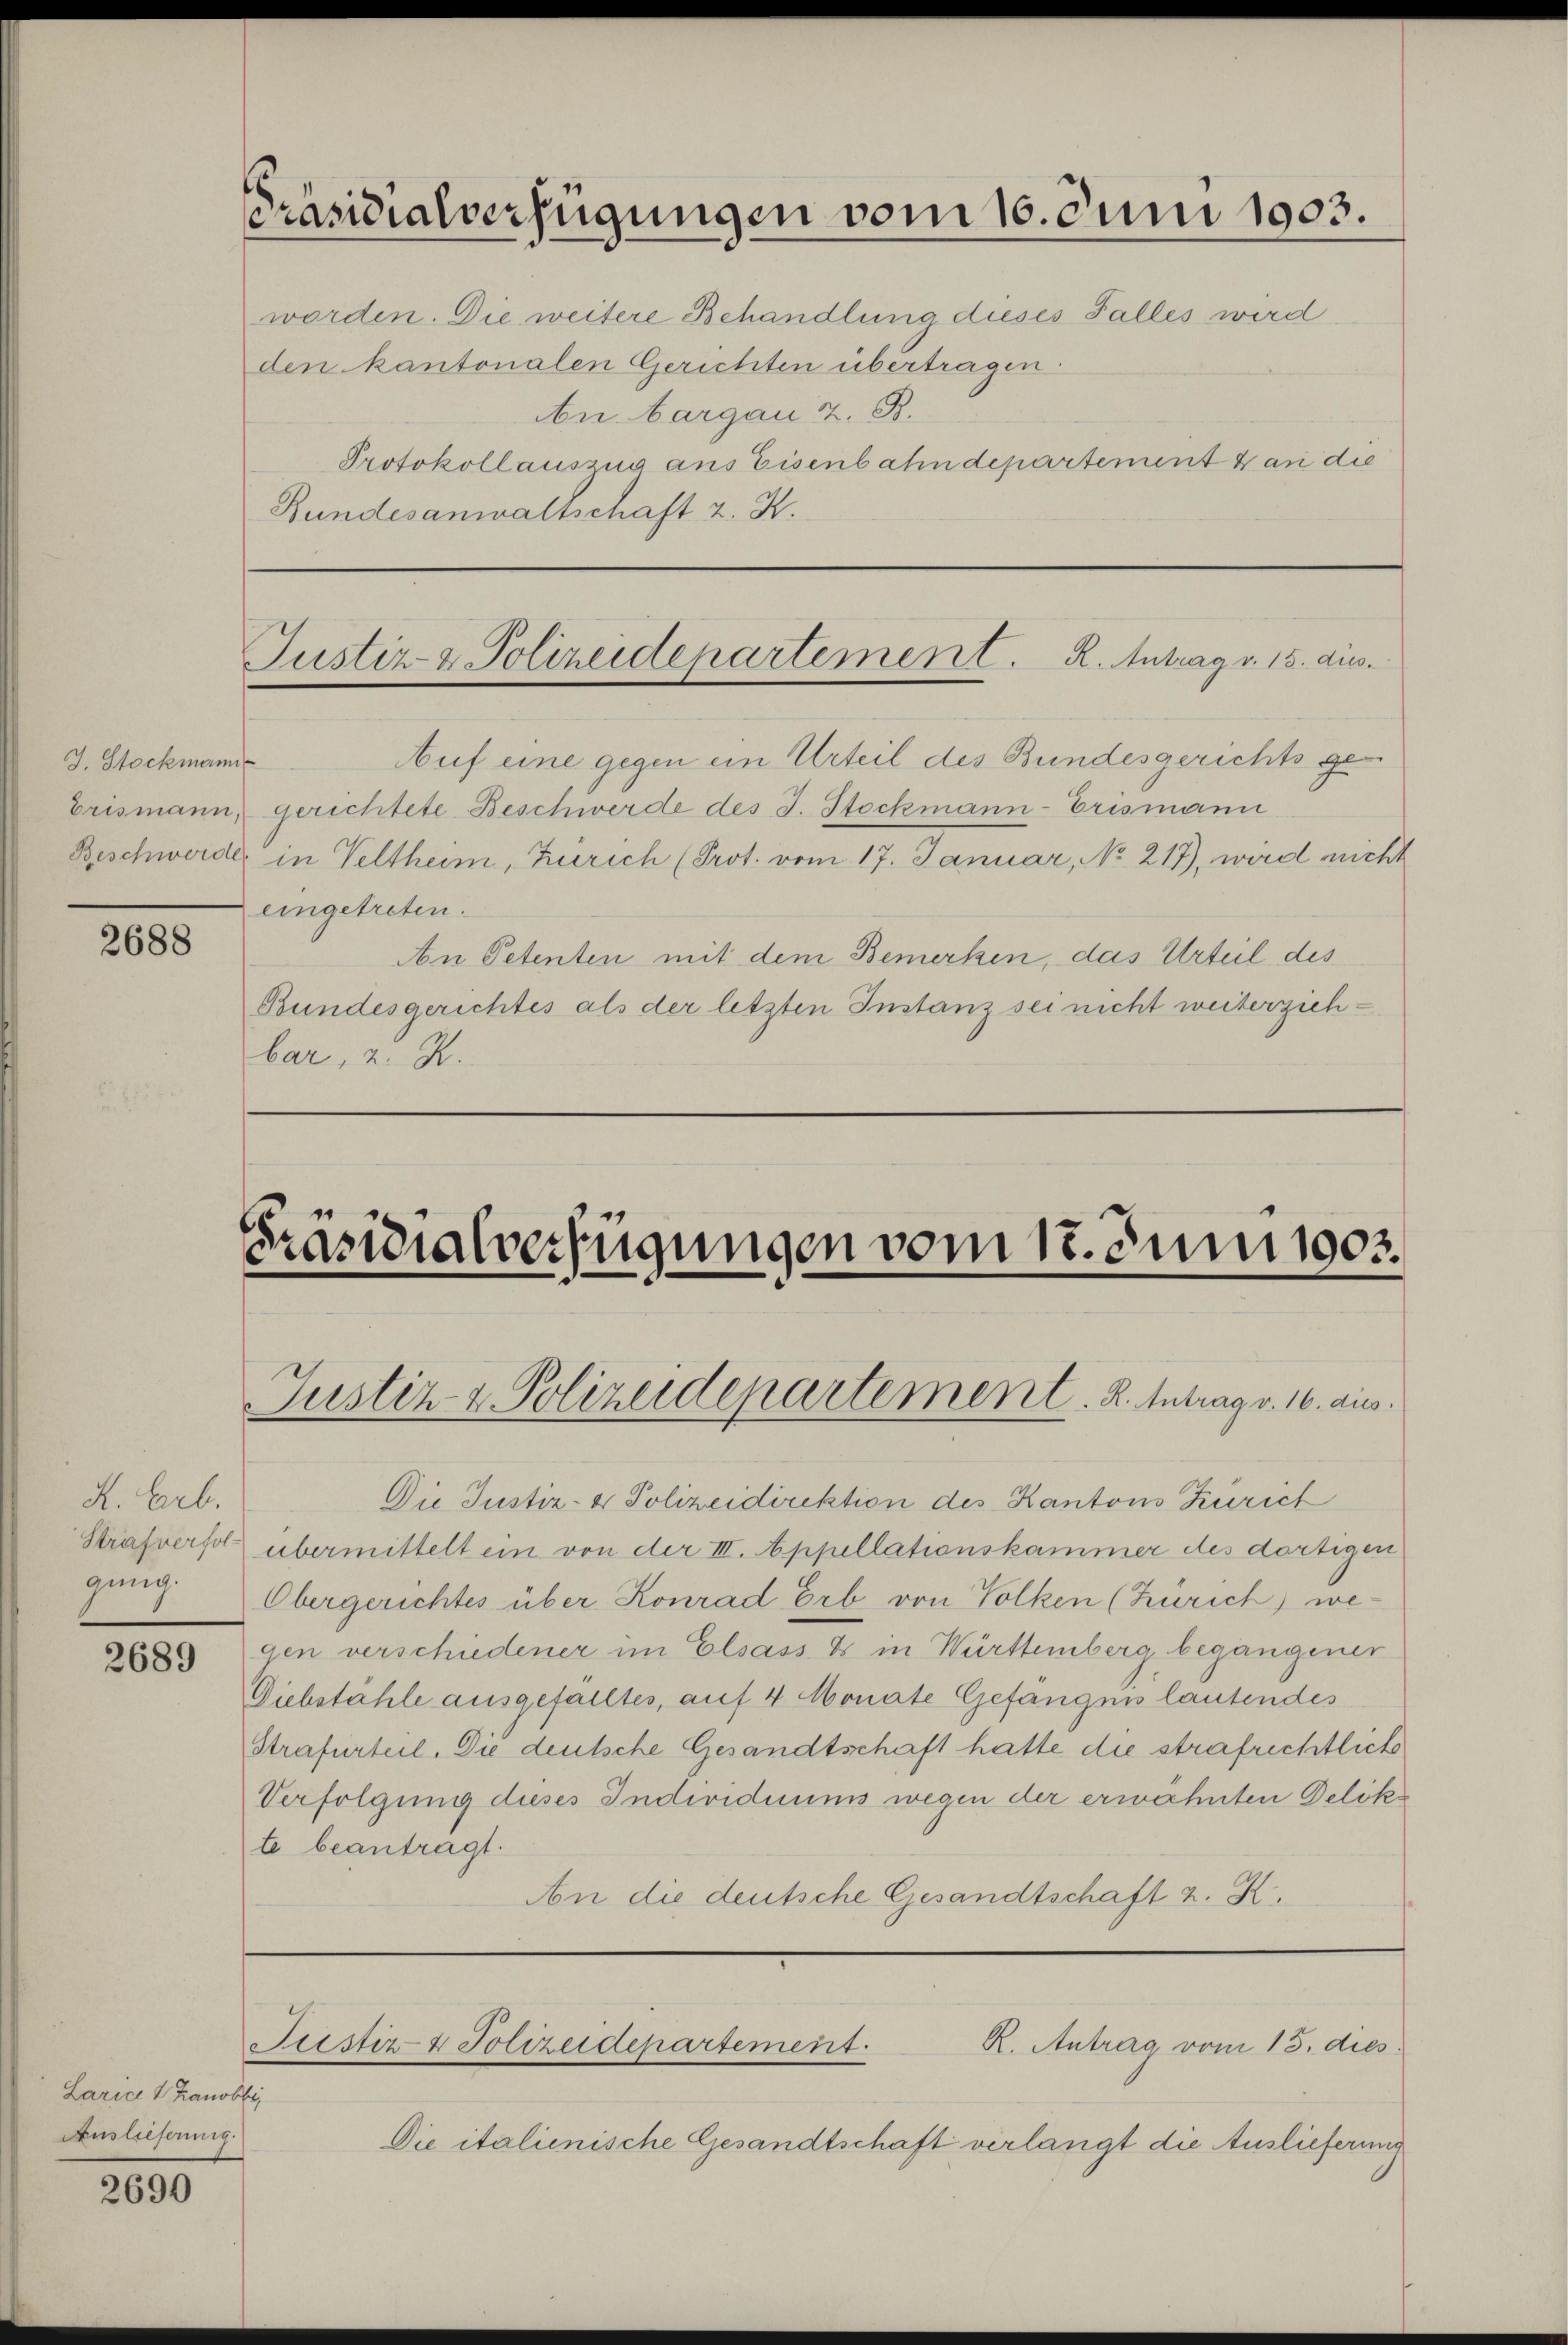
J. Stockmann

2688

K. Barb.
gung.

2689

Larice & Kanobbi,
Auslieferung.

2690

Präsidialverfügungen vom 16. Juni 1903.
den kantonalen Gerichten übertragen.
An Aargau 2. B.
Protokollauszug aus Eisenbahndepartement & an die
Bundesanwaltschaft z. K.

Justiz- & Polizeidepartement. R. Antrag v. 15. dies

Auf eine gegen ein Urteil des Bundesgerichts ge¬
Erismann, gerichtete Beschwerde des J. Stockmann-Erismann
Beschwerde in Veltheim, Zürich (Prot. vom 17. Januar, No 217), wird nicht
eingetreten.
An Petenten mit dem Bemerken, das Urteil des
Bundesgerichtes als der letzten Instanz sei nicht weiterziehbar, z. B.

worden. Die weitere Behandlung dieses Falles wird

Die Justiz- & Polizeidirektion des Kantons Zürich
Strafversol übermittelt ein von der III. Appellationskammer des dortigen
Obergerichtes über Konrad Erb von Volken (Zürich) wegen verschiedener im Elsass es in Württemberg begangener
Diebstahle ausgefalltes, auf 4 Monate Gefängnis lautendes
Strafurteil. Die deutsche Gesandtschaft hatte die strafrichtliche
Verfolgung dieses Individuums wegen der erwähnten Delik
te beantragt.
An die deutsche Gesandtschaft z. K.

Die italienische Gesandtschaft verlangt die Auslieferung

s
Präsidialverfügungen vom 12. Juni 1903.

Justiz & Polizeidepartement. R. Intrag v. 16. aus.

Justiz- & Polizeidepartement.
R. Antrag vom 15. dies